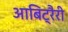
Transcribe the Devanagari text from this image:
आबिट्रैरी